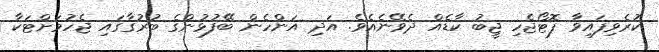
ކުރެވިފައިވާ ފޮޓޯޖެހި ޖީބު ކާޑެއް ދެވޭނެއެވެ. އަދި އަންހެން ބޭފުޅުންގެ ބުރުގާގައި ޖެހުމަށްޓަކާ